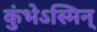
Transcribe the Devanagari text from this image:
कुंभेऽस्मिन्